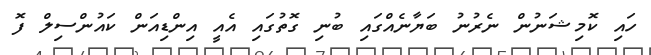
ހައި ކޮމިޝަނުން ނެރުނު ބަޔާނެއްގައި ބުނި ގޮތުގައި އެއީ އިންޑިއަން ކައުންސިލް ފޮ